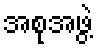
အစုအဖွဲ့